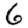
Digit: 6